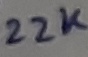
Text: 22K